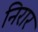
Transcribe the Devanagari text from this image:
निरार